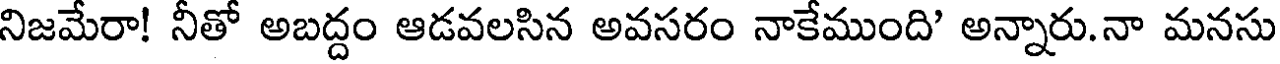
నిజమేరా! నీతో అబద్దం ఆడవలసిన అవసరం నాకేముంది' అన్నారు.నా మనసు